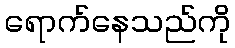
ရောက်နေသည်ကို